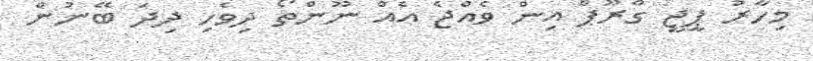
މިހާރު ޕީޖީ ގްރޫޕް އިން ވެއްޖެ އެއް ނޫންތޯ ދިވެހި ދިދަ ބޭނުން